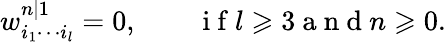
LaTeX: w_{i_{1}\cdots i_{l}}^{n|1}=0,\qquad\mathrm{~i~f~}l\geqslant 3\mathrm{~a~n~d~}n\geqslant 0.